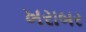
ખરાબર